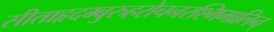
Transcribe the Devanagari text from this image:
सीताहृदम्बुरुहरोचनरश्मिमालिन्